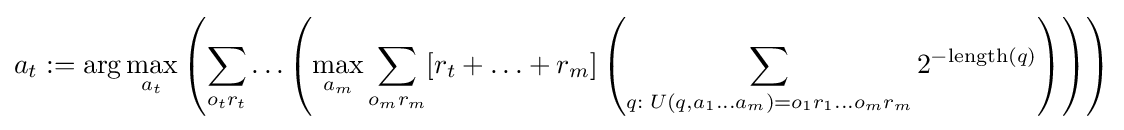
a_{t}:=\arg \max _{a_{t}}\left(\sum _{o_{t}r_{t}}\ldots \left(\max _{a_{m}}\sum _{o_{m}r_{m}}[r_{t}+\ldots +r_{m}]\left(\sum _{q:\;U(q,a_{1}\ldots a_{m})=o_{1}r_{1}\ldots o_{m}r_{m}}2^{-{\textrm {length}}(q)}\right)\right)\right)